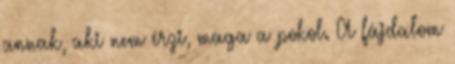
annak, aki nem érzi, maga a pokol. A fájdalom